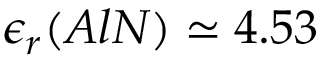
\epsilon _ { r } ( A l N ) \simeq 4 . 5 3